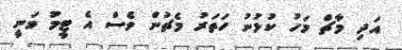
އަދި މާޗް މަހު ކުޅުނު ހަތަރު މެޗުން ވެސް އެ ޓީމު ވަނީ